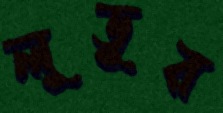
লুডুর